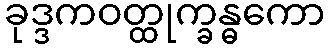
ခုဒ္ဒကဝတ္ထုက္ခန္ဓကော